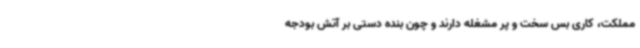
مملکت، کاری بس سخت و پر مشغله ‌دارند و چون بنده دستی بر آتش بودجه